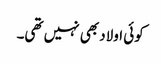
کوئی اولاد بھی نہیں تھی۔